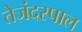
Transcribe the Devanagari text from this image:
तेजंदरपाल